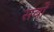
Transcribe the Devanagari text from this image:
सर्वों